Civil Veterinary Dept. Bombay admin report 1893-99 - 1893-1899
Year: 1893
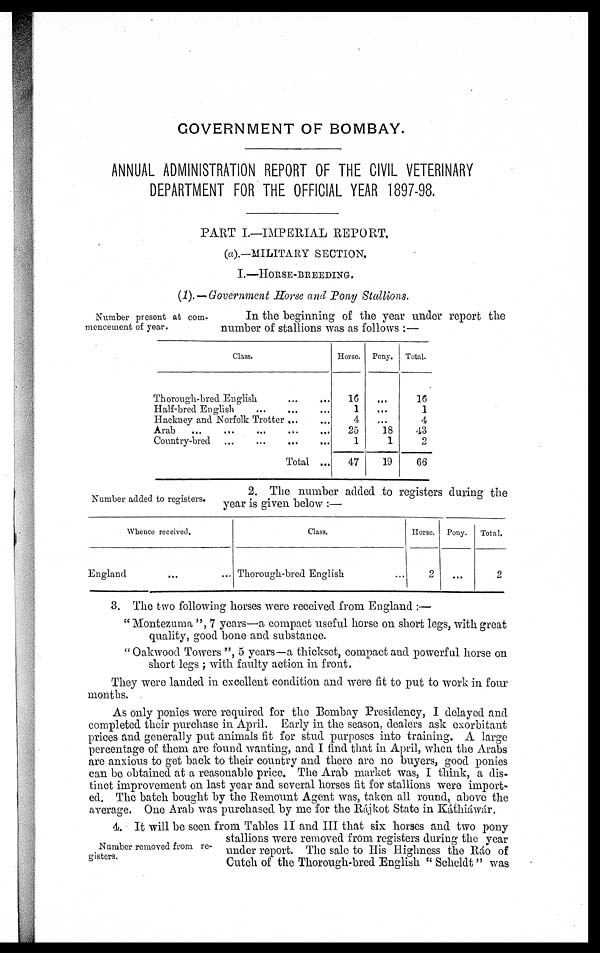
GOVERNMENT OF BOMBAY.
ANNUAL ADMINISTRATION REPORT OF THE CIVIL VETERINARY
DEPARTMENT FOR THE OFFICIAL YEAR 1897-98.
PART I.—IMPERIAL REPORT.
(a).—MILITARY SECTION.
I.—HORSE-BREEDING.
(1). —Government Horse and Pony Stallions.
Number present at com-
mencement of year.
In the beginning of the year under report the
number of stallions was as follows :—
Class.
Thorough-bred English ... ....
Half-bred English
Hackney and Norfolk Trotter
Arab ... ... ... ... ...
Country-bred ... ... ... ...
Total ...
Horse.
16
1
4
25
1
47
Pony.
...
....
....
18
1
19
Total.
16
1
4
43
2
66
Number added to registers.
2. The number added to registers during the
year is given below :—
Whence received.
England ... ...
Class.
Thorough-bred English ...
Horse.
2
Pony.
...
Total.
2
3. The two following horses were received from England :—
"Montezuma ", 7 years—a compact useful horse on short legs, with great
quality, good bone and substance.
" Oakwood Towers ", 5 years—a thickset, compact and powerful horse on
short legs ; with faulty action in front.
They were landed in excellent condition and were fit to put to work in four
months.
As only ponies were required for the Bombay Presidency, I delayed and
completed their purchase in April. Early in the season, dealers ask exorbitant
prices and generally put animals fit for stud purposes into training. A large
percentage of them are found wanting, and I find that in April, when the Arabs
are anxious to get back to their country and there are no buyers, good ponies
can be obtained at a reasonable price. The Arab market was, I think, a dis-
tinct improvement on last year and several horses fit for stallions were import-
ed. The batch bought by the Remount Agent was, taken all round, above the
average. One Arab was purchased by me for the Rájkot State in Káthiáwár.
Number removed from re-
gisters.
4. It will be seen from Tables II and III that six horses and two pony
stallions were removed from registers during the year
under report. The sale to His Highness the Ráo of
Cutch of the Thorough-bred English " Scheldt" was